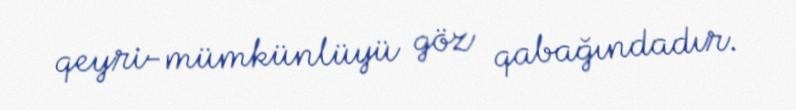
qeyri-mümkünlüyü göz qabağındadır.